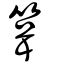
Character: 箿